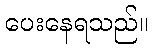
ပေးနေရသည်။